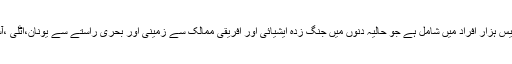
مہاجرین کی یہ تعداد ان ایک لاکھ بیس ہزار افراد میں شامل ہے جو حالیہ دنوں میں جنگ زدہ ایشیائی اور افریقی ممالک سے زمینی اور بحری راستے سے یونان،اٹلی ،آسٹریا اور ہنگری وغیرہ پہنچے ہیں۔